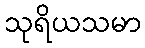
သုရိယသမာ